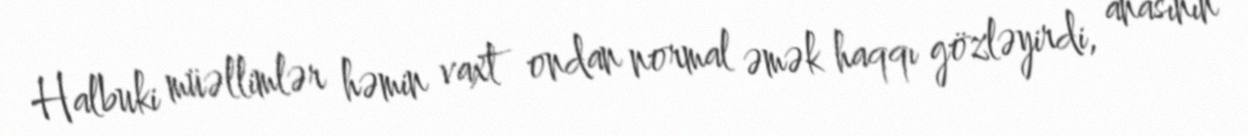
Halbuki müəllimlər həmin vaxt ondan normal əmək haqqı gözləyirdi, anasının